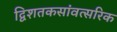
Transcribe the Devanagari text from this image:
द्विशतकसांवत्सरिक